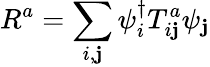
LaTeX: R^{a}=\sum_{i,\mathbf{j}}\psi_{i}^{\dagger}T_{i\mathbf{j}}^{a}\psi_{\mathbf{j}}